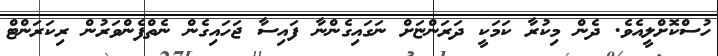
ހުސްކޮށްލީއެވެ. ދެން މިކުރާ ކަމަކީ ދަރަންޏަށް ނަގައިގެންނާ ފައިސާ ޖަހައިގެން ނެތްފެންވަރުން ރިކަރަންޓް